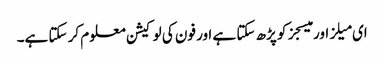
ای میلز اور میسجز کو پڑھ سکتا ہے اور فون کی لوکیشن معلوم کر سکتا ہے۔